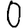
Digit: 0